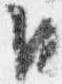
日